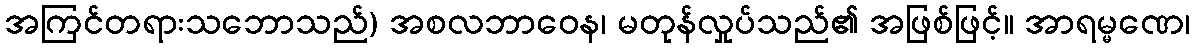
အကြင်တရားသဘောသည်) အစလဘာဝေန၊ မတုန်လှုပ်သည်၏ အဖြစ်ဖြင့်။ အာရမ္မဏေ၊